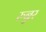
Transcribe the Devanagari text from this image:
रुन्नर